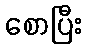
စောပြီး